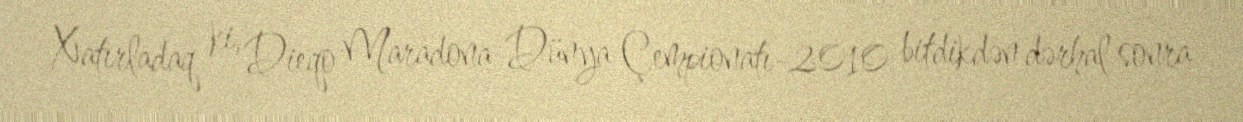
Xatırladaq ki, Dieqo Maradona Dünya Çempionatı-2010 bitdikdən dərhal sonra